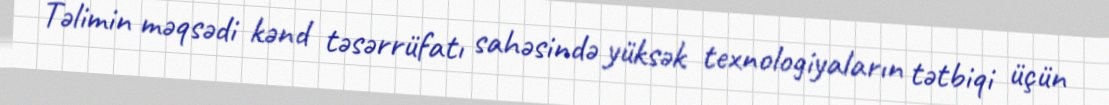
Təlimin məqsədi kənd təsərrüfatı sahəsində yüksək texnologiyaların tətbiqi üçün